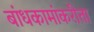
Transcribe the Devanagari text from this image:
बांधकामांकरीता